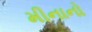
મીનાનો